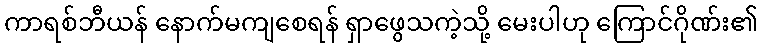
ကာရစ်ဘီယန် နောက်မကျစေရန် ရှာဖွေသကဲ့သို့ မေးပါဟု ကြောင်ဂိုဏ်း၏